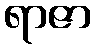
ရာဇာ